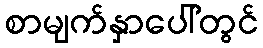
စာမျက်နှာပေါ်တွင်